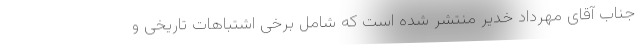
جناب آقای مهرداد خدیر منتشر شده است که شامل برخی اشتباهات تاریخی و